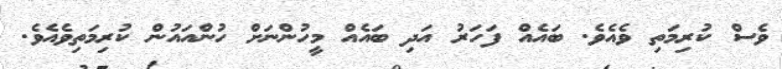
ވެސް ކުރިމަތި ވެއެވެ. ބައެއް ފަހަރު އަދި ބައެއް މީހުންނަށް ހުންއައުން ކުރިމަތިވެއެވެ.